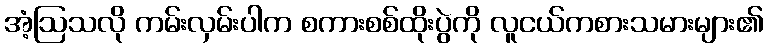
အံ့ဩသလို ကမ်းလှမ်းပါက စကားစစ်ထိုးပွဲကို လူငယ်ကစားသမားများ၏